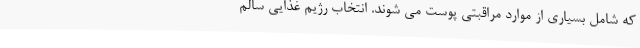
که شامل بسیاری از موارد مراقبتی پوست می شوند. انتخاب رژیم غذایی سالم